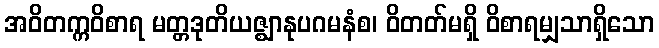
အဝိတက္ကဝိစာရ မတ္တဒုတိယဇ္ဈာနုပဂမနံစ၊ ဝိတတ်မရှိ ဝိစာရမျှသာရှိသော